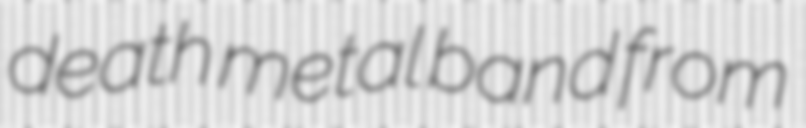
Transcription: death metal band from